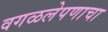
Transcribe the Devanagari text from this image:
वगळलेपणाचा